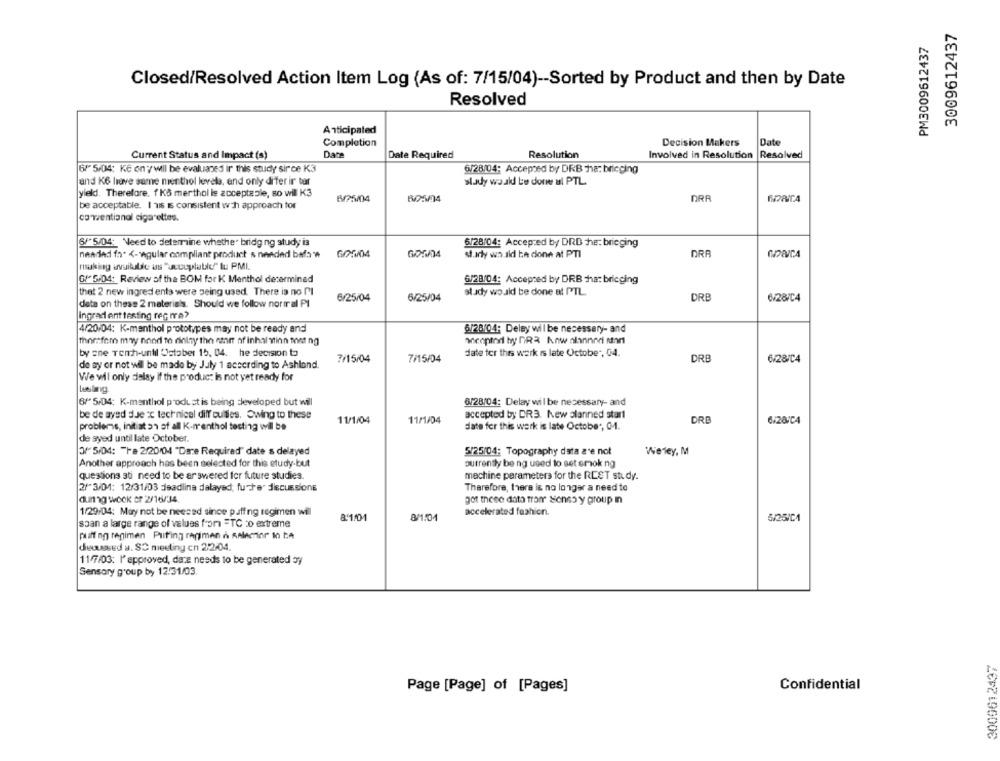
3009612437
PM3009612437
Closed/Resolved Action Item Log (As of: 7/15/04) -- Sorted by Product and then by Date
Resolved
Anticipated
Completion
Decision Makers
Date
Current Status and Impact (s)
Date
Date Required
Resolution
Involved in Resolution
Resolved
6/5/04: Kč onywill be evaluaned ir this study sirce K3
6/28/04: Accepted by DRB ha: briecing
and K6 hrove same menthol levels, and only difer ir tor
slady would be done al PTL
yieldl. Therefore. 1 KS merthol is acceptable, so wil K3
6/25/04
605/04
DRR
be acceptable. I 116 IS consistent wh approach tor
conventional cigarettes.
6/"5/04: Need to determine whether bridg ng study is
6/28/04: Accepted by DRD he: brieging
neaded fa. <- wgular compliant product s needed below 6/2004
st.ady wn.ild be done at PTI
DRA
making available us "coupluble" lu PMI.
G/ 5/D4: Review of the BOM for K Menthol determined
6/28/04: Accepred by DRB ha: bricging
that 2 new ingred ents were being used. There is no Il
6/25/04
6/25/04
study would be done al PTL.
DRE
6/28/C4
deta on these 2 materials. Should we follow normal PI
ingradi ent testing rec Ie?
4/20/04: K-menthol prototypes may not be ready and
6/28/04: Delay wil be necessary- and
thomsfem may nnod to dinlay the enn of inhal winn thet ng
wicoptod hy DR3 Kow olannndi inn
by sne Tenh-until Cataber 15, 04. he decision to
7/15/04
7/15/04
date for this werk is late October, 04.
DRB
de ay or not wil be made by July 1 according to Ashland.
6/28/C4
We will only delay if the product is not yet ready for
6/5/04: K-menthol produstis being developed but will
6/28/04: Delay wil be necessary- and
be de ayed due ix technical diff culties, Owing to these
11/1/04
accepted by DR3. Kew planned start
DRB
problems, initiat an of all K-nenthol testing wil be
11/1/04
date for this werk is late October, 04.
6/28/04
de syed until late October.
3/ 5/04: "Fa 2/20/04 "Dance Required" date s delayed
5/25/04: Topography data are not
Werley, M
Another approach has been selected for this study-but
outrently be ng used to set smok ng
questions sti need to be ar swiered for future studies.
machine parameters for the REST study.
2/" 3/01: 12/31/03 deadline dalayed; fuste" discussione
Therefore, there is no longer a need to
dun ng wook or 2/16/34.
got these data from" siones y group in
accelerated fashion.
1/29/04: May not be neesed since puffing regimen will
8/1:01
5/25/04
span a large range of values for =TC co extreme
puff ng regimen Puting regimen & RAlecor In te
dieoussed a. SC meeting cn 2:2/04.
11/7/03: l' approved, dace needs to be generated by
Sensory group by 12/31/03.
2009612437
Confidential
Page [Page] of [Pages]